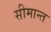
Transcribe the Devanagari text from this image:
सीमान्‍त